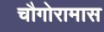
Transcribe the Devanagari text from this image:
चौगोरामास